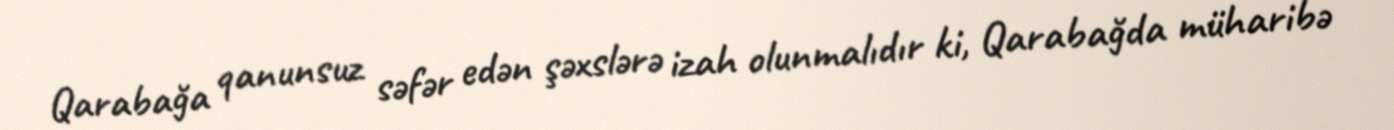
Qarabağa qanunsuz səfər edən şəxslərə izah olunmalıdır ki, Qarabağda müharibə